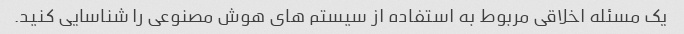
یک مسئله اخلاقی مربوط به استفاده از سیستم های هوش مصنوعی را شناسایی کنید.